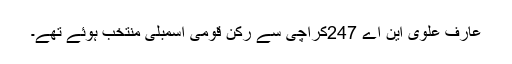
عارف علوی این اے 247کراچی سے رکن قومی اسمبلی منتخب ہوئے تھے۔